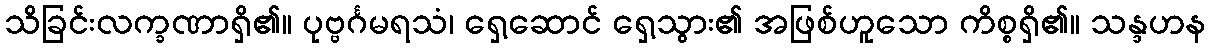
သိခြင်းလက္ခဏာရှိ၏။ ပုဗ္ဗင်္ဂမရသံ၊ ရှေ့ဆောင် ရှေ့သွား၏ အဖြစ်ဟူသော ကိစ္စရှိ၏။ သန္ဒဟန